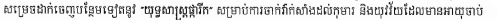
សម្រេចដាក់ចេញបន្ថែមទៀតនូវ "យុទ្ធសាស្ត្រផ្ការីក" សម្រាប់ការចាក់វ៉ាក់សាំងដល់កុមារ និងយុវវ័យដែលមានអាយុចាប់